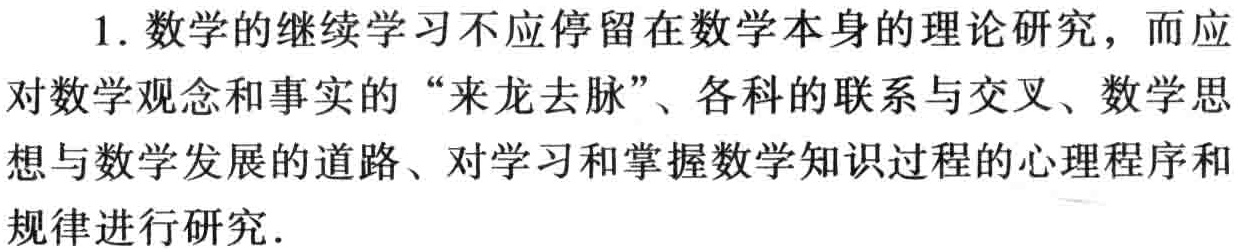
1. 数学的继续学习不应停留在数学本身的理论研究，而应对数学观念和事实的“来龙去脉”、各科的联系与交叉、数学思想与数学发展的道路、对学习和掌握数学知识过程的心理程序和规律进行研究.